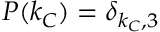
P ( k _ { C } ) = \delta _ { k _ { C } , 3 }